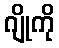
ဂျိုကို